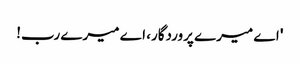
' اے میرے پروردگار، اے میرے رب!